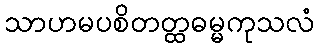
သာဟမပစိတတ္ထဓမ္မကုသလံ